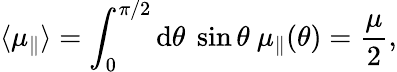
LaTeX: \langle\mu_{\parallel}\rangle=\int_{0}^{\pi/2}\textrm{d}{\theta}\ \sin\theta\ \mu_{\parallel}(\theta)=\frac{\mu}{2},